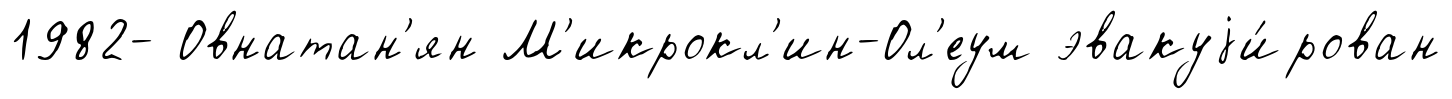
1982- Овнатан'ян М'икрокл'ин-Ол'еум эвакуjи́рован